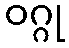
ဝဂ္ဂု